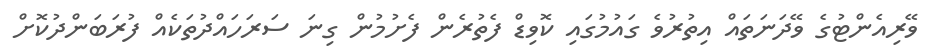
ވޭރިއެންޓުގެ ވޭދަނަތައް އިތުުރުވެ ގައުމުގައި ކޮވިޑް ފެތުރެން ފެށުުމުން ގިނަ ސަރަހައްދުތަކެއް ފުރަބަންދުކޮށް